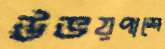
উভয়পাশে